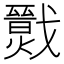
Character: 𢨙